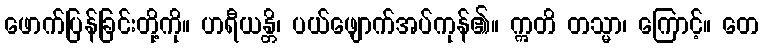
ဖောက်ပြန်ခြင်းတို့ကို။ ဟရီယန္တိ၊ ပယ်ဖျောက်အပ်ကုန်၏။ ဣတိ တသ္မာ၊ ကြောင့်။ တေ